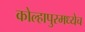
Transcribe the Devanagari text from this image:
कोल्हापुरमध्येच